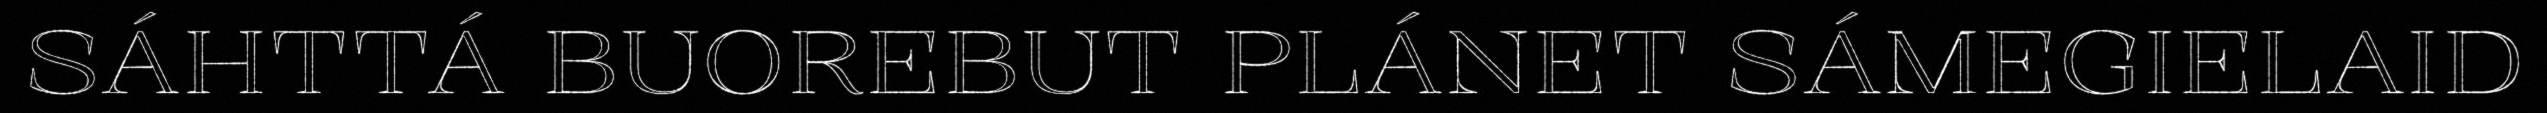
SÁHTTÁ BUOREBUT PLÁNET SÁMEGIELAID